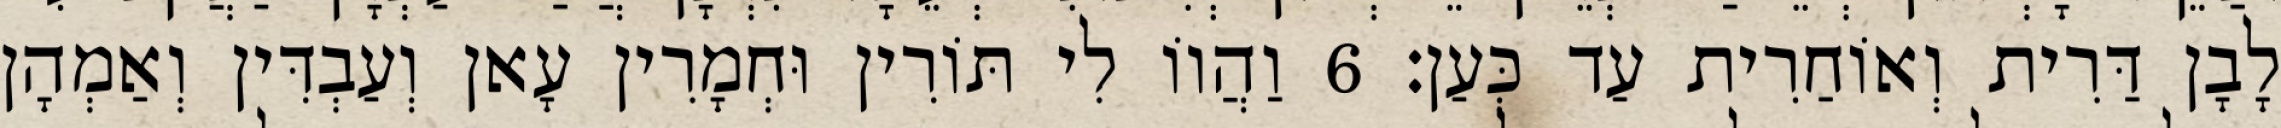
לָבָן דַּרִית וְאוֹחַרִית עַד כְּעַן׃ 6 וַהֲווֹ לִי תּוֹרִין וּחְמָרִין עָאן וְעַבְדִּין וְאַמְהָן